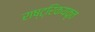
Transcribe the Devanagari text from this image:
राष्ट्रिकयकृत